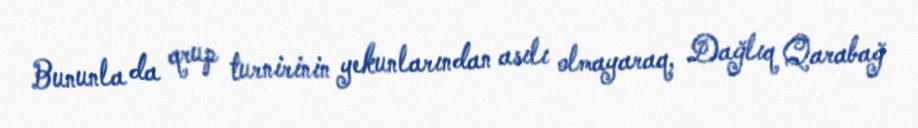
Bununla da qrup turnirinin yekunlarından asılı olmayaraq, Dağlıq Qarabağ